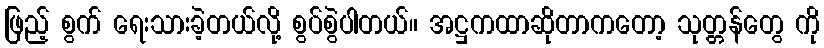
ဖြည့် စွက် ရေးသားခဲ့တယ်လို့ စွပ်စွဲပါတယ်။ အဋ္ဌကထာဆိုတာကတော့ သုတ္တန်တွေ ကို